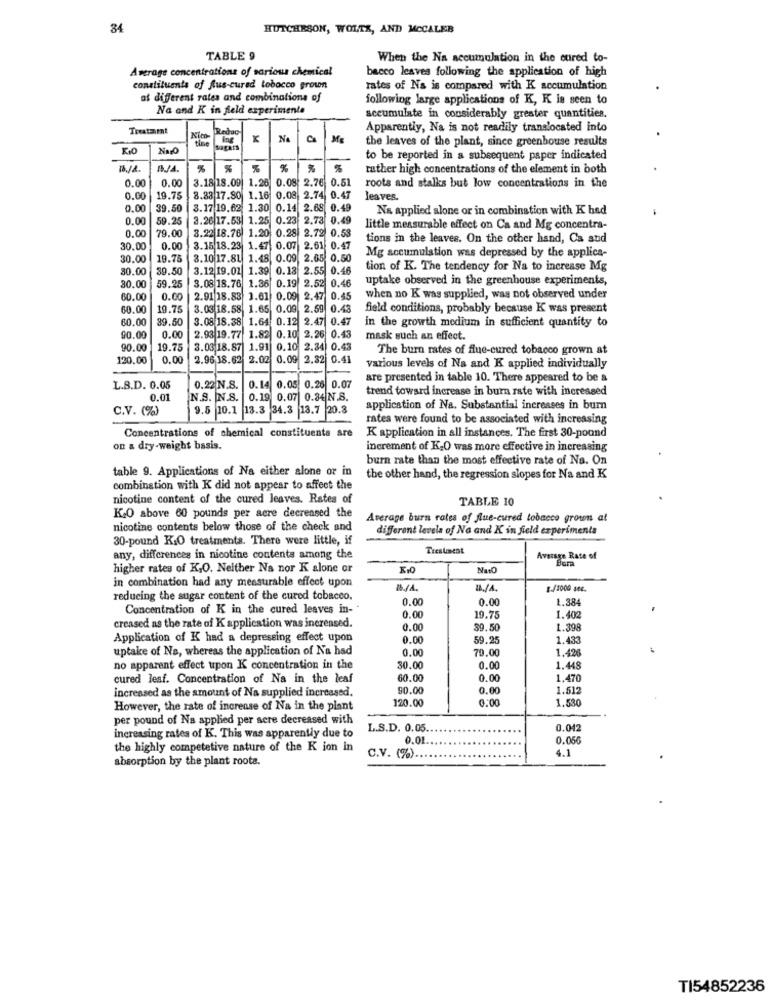
34
HUTCHESON, WOLTA, AND MCCALEB
TABLE 9
When the Na accumulation in the oured to-
Average concentrations of sarious chemical
bacco leaves following the application of high
constituents of Sus-cured tobacco grown
rates of Na is compared with K accumulation
at different rates and combinations of
following large applications of K, K is seen to
Na and K in field experimente
accumulate in considerably grester quantities.
Treatment
Redac
Apparently, Na is not readily translocated into
Nico-
tine
x
Na
the leaves of the plant, since greenhouse results
NarO
to be reported in a subsequent paper indicated
%
%
%
rather high concentrations of the element in both
0.00
3.18 18.09| 1.26 0.08 2.76
0.51
0.00
roots and stalks but low concentrations in the
0.00
19.75
8.38 17.80 1.16 0.08 2.74 0.47
leaves.
0.00
39.50
3.17 19.62 1.30 0.14 2.68 0.49
Na applied alone or in combination with K had
0.00
59.25
3.26|17.53 1.25
0.23 2.73 0.49
little measurable effect on Ca and Mg concentra-
0.00
79.00
3.22 18.76 1.20 0.28 2.72 0.53
tions in the leaves. On the other hand, Ca and
30.00
0.00
3.15 18.23
1.47 0.07 2.61 0.47
Mg accumulation was depressed by the applica-
30.00
19.75
3.10 17.81 1.48 0.09 2.65 0.50
30.00 39.50
3.12 19.02 1.39 0.13 2.55 0.46
tion of K. The tendency for Na to increase Mg
uptake observed in the greenhouse experiments,
30.00
59.25
3.08 18.76 1.36 0.19 2.52 0.46
60.00
0.00
2.91 18.83 1.61 0.09| 2.47 0.45
when no K was supplied, was not observed under
60.00
19.75
3.03 18.58 1.65 0.09. 2.59 0.43
field conditions, probably because K was present
60.00
39.50
3.08 18.38 1.64 0.12 2.47 0.47
in the growth medium in sufficient quantity to
90.00
0.00
2.93 19.77 1.82 0.10 2.26 0.43
mask such an effect.
90.00
19.78
3.03 18.87 1.91 0.10 2.34 0.43
The burn rates of flue-cured tobacco grown at
120.00
0.00
2.96 18.62 2.02
0.09 2.32 0.41
various levels of Na and K applied individually
are presented in table 10. There appeared to be a
L.B.D. 0.05
0.22 N.S.
0.14 0.05 0.26 0.07
trend toward increase in burn rate with increased
0.01
N.S. N.S.
0.19 0.07 0.84 N.S.
C.V. (%)
9.5 10.1 13.3 34.3 13.7 20.3
application of Na. Substantial increases in bum
rates were found to be associated with increasing
Concentrations of chemical constituents are
K application in all instances. The first 30-pound
on & dry-weight basis.
increment of K.O was more effective in increasing
burn rate than the most effective rate of Na. On
table 9. Applications of Na either alone or in
the other hand, the regression slopes for Na and K
combination with K did not appear to affect the
nicotine content of the cured leaves. Rates of
TABLE 10
KO above 60 pounds per acre decreased the
Average burn rates of flue-cured tobacco grown at
nicotine contents below those of the check and
different levels of Na and K in field experiments
30-pound KiO treatments. There were little, if
Trestest
any, differences in nicotine contents among the
Average Rate of
higher rates of K.O. Neither Na nor K alone or
NatO
in combination had any measurable effect upon
1./A.
g./100G sc6.
reducing the sugar content of the cured tobacco.
0.00
0.00
1.384
Concentration of K in the cured leaves in-
0.00
19.75
1.402
creased as the rate of K application was increased.
0.00
39.50
1.398
Application of K had a depressing effect upon
0.00
59.25
1.433
uptake of Na, whereas the application of Na had
0.00
79.00
1.42
no apparent effect upon K concentration in the
30.00
0.00
1.448
cured lesf. Concentration of Na in the leaf
60.00
0.00
1.470
increased as the amount of Na supplied increased.
90.00
0.00
1.512
120.00
0:00
1.530
However, the rate of increase of Na in the plant
per pound of Na applied per sere decreased with
L.S.D. 0.05.
0.042
increasing rates of K. This was apparently due to
0.01
0.050
the highly competetive nature of the K ion in
absorption by the plant roots.
C.V. (%).
4.1
TI54852236